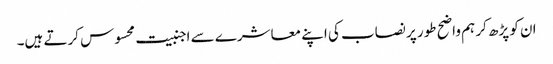
ان کو پڑھ کر ہم واضح طور پر نصاب کی اپنے معاشرے سے اجنبیت محسوس کرتے ہیں۔